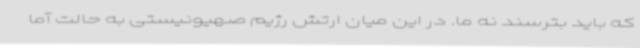
که باید بترسند نه ما. در این میان ارتش رژیم صهیونیستی به حالت آما